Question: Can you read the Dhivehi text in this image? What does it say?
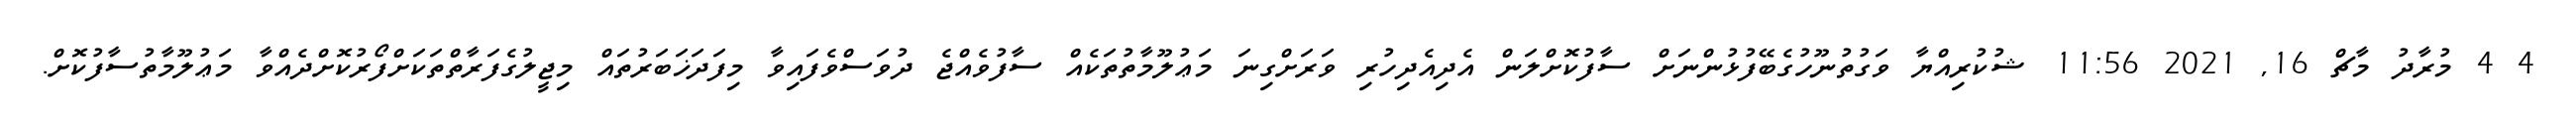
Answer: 4 4 މުރާދު މާޗް 16, 2021 11:56 ޝުކުރިއްޔާ ވަގުތުނޫހުގެބޭފުޅުންނަށް ސާފުކޮށްލަން އެދިއެދިހުރި ވަރަށްގިނަ މަޢުލޫމާތުތަކެއް ސާފުވެއްޖެ ދުވަސްވެފައިވާ މިފަދަޚަބަރުތައް މިޖީލުގެފަރާތްތަކަށްފޯރުކޮށްދެއްވާ މަޢުލޫމާތުސާފުކޮށް.